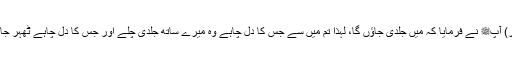
(پھر) آپﷺ نے فرمایا کہ میں جلدی جاؤں گا، لہٰذا تم میں سے جس کا دل چاہے وہ میرے ساتھ جلدی چلے اور جس کا دل چاہے ٹھہر جائے۔